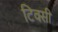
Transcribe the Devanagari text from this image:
टिक्सी